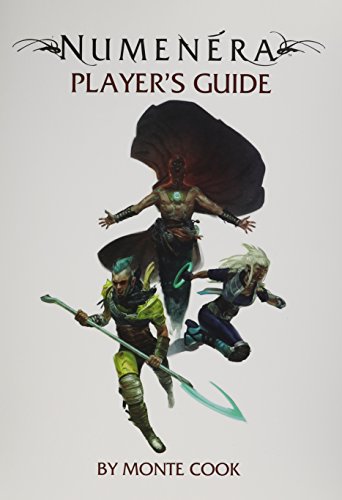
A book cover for Numenera Players Guide; Monte Cook; Science Fiction & Fantasy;